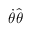
{ \dot { \theta } } { \hat { \boldsymbol { \theta } } }